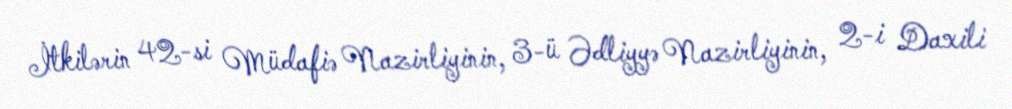
İtkilərin 42-si Müdafiə Nazirliyinin, 3-ü Ədliyyə Nazirliyinin, 2-i Daxili